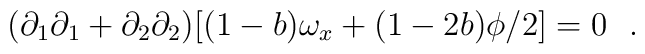
(\partial_1 \partial_1 +  \partial_2 \partial_2)[(1-b)\omega_x + (1-2b)\phi /2] = 0~~.